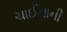
ચાઈનાની